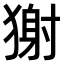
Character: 𤠭